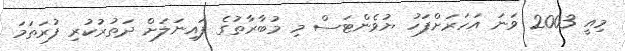
މިއީ 2003 ވަނަ އަހަރަށްފަހު ޔުވެންޓަސް މި މުބާރާތުގެ ފައިނަލަށް ދަތުރުކުރި ފުރަތަމަ